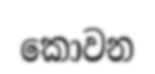
කොවන